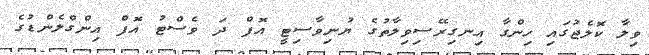
ވިލާ ކޮލެޖުގައި ހިންގާ އިނގިރޭސިވިލާތުގެ ޔުނިވާސިޓީ އޮފް ދަ ވެސްޓު އޮފް އިންގްލެންޑުގެ